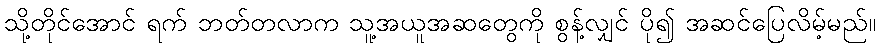
သို့တိုင်အောင် ရက် ဘတ်တလာက သူ့အယူအဆတွေကို စွန့်လျှင် ပို၍ အဆင်ပြေလိမ့်မည်။